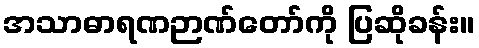
အသာဓာရဏဉာဏ်တော်ကို ပြဆိုခန်း။